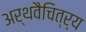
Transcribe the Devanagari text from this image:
अर्थवैचित्र्य